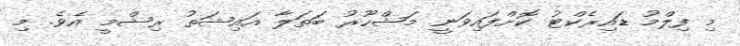
މި ފިލްމު ޑައިރެކްޓު ކޮށްފައިވަނީ މަޝްހޫރު ބަތަލާ އައިޝަތު ރިޝްމީ އެވެ. މި